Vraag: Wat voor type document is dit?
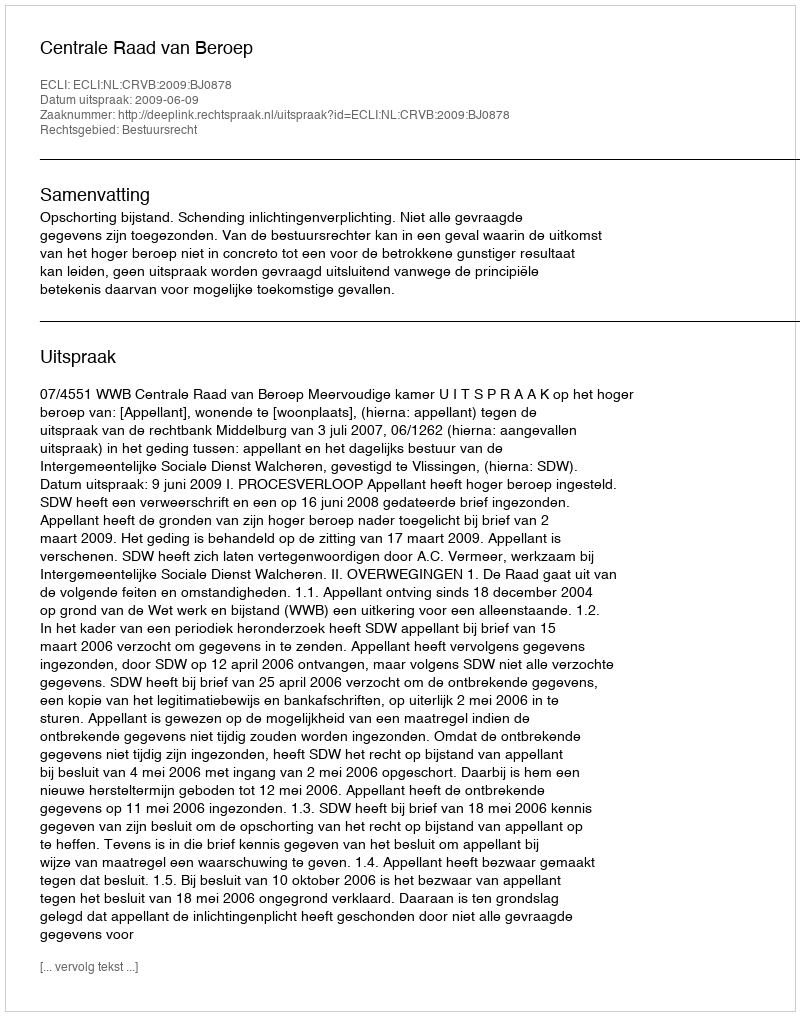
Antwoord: Uitspraak